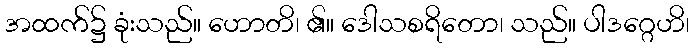
အထက်၌ ခုံးသည်။ ဟောတိ၊ ၏။ ဒေါသစရိတော၊ သည်။ ပါဒဂ္ဂေဟိ၊